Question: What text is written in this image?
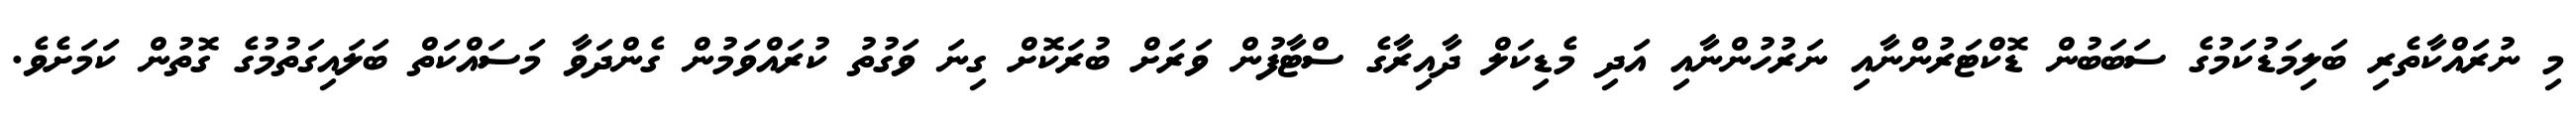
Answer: މި ނުރައްކާތެރި ބަލިމަޑުކަމުގެ ސަބަބުން ޑޮކްޓަރުންނާއި ނަރުހުންނާއި އަދި މެޑިކަލް ދާއިރާގެ ސްޓާފުން ވަރަށް ބުރަކޮށް ގިނަ ވަގުތު ކުރައްވަމުން ގެންދަވާ މަސައްކަތް ބަލައިގަތުމުގެ ގޮތުން ކަމަށެވެ.